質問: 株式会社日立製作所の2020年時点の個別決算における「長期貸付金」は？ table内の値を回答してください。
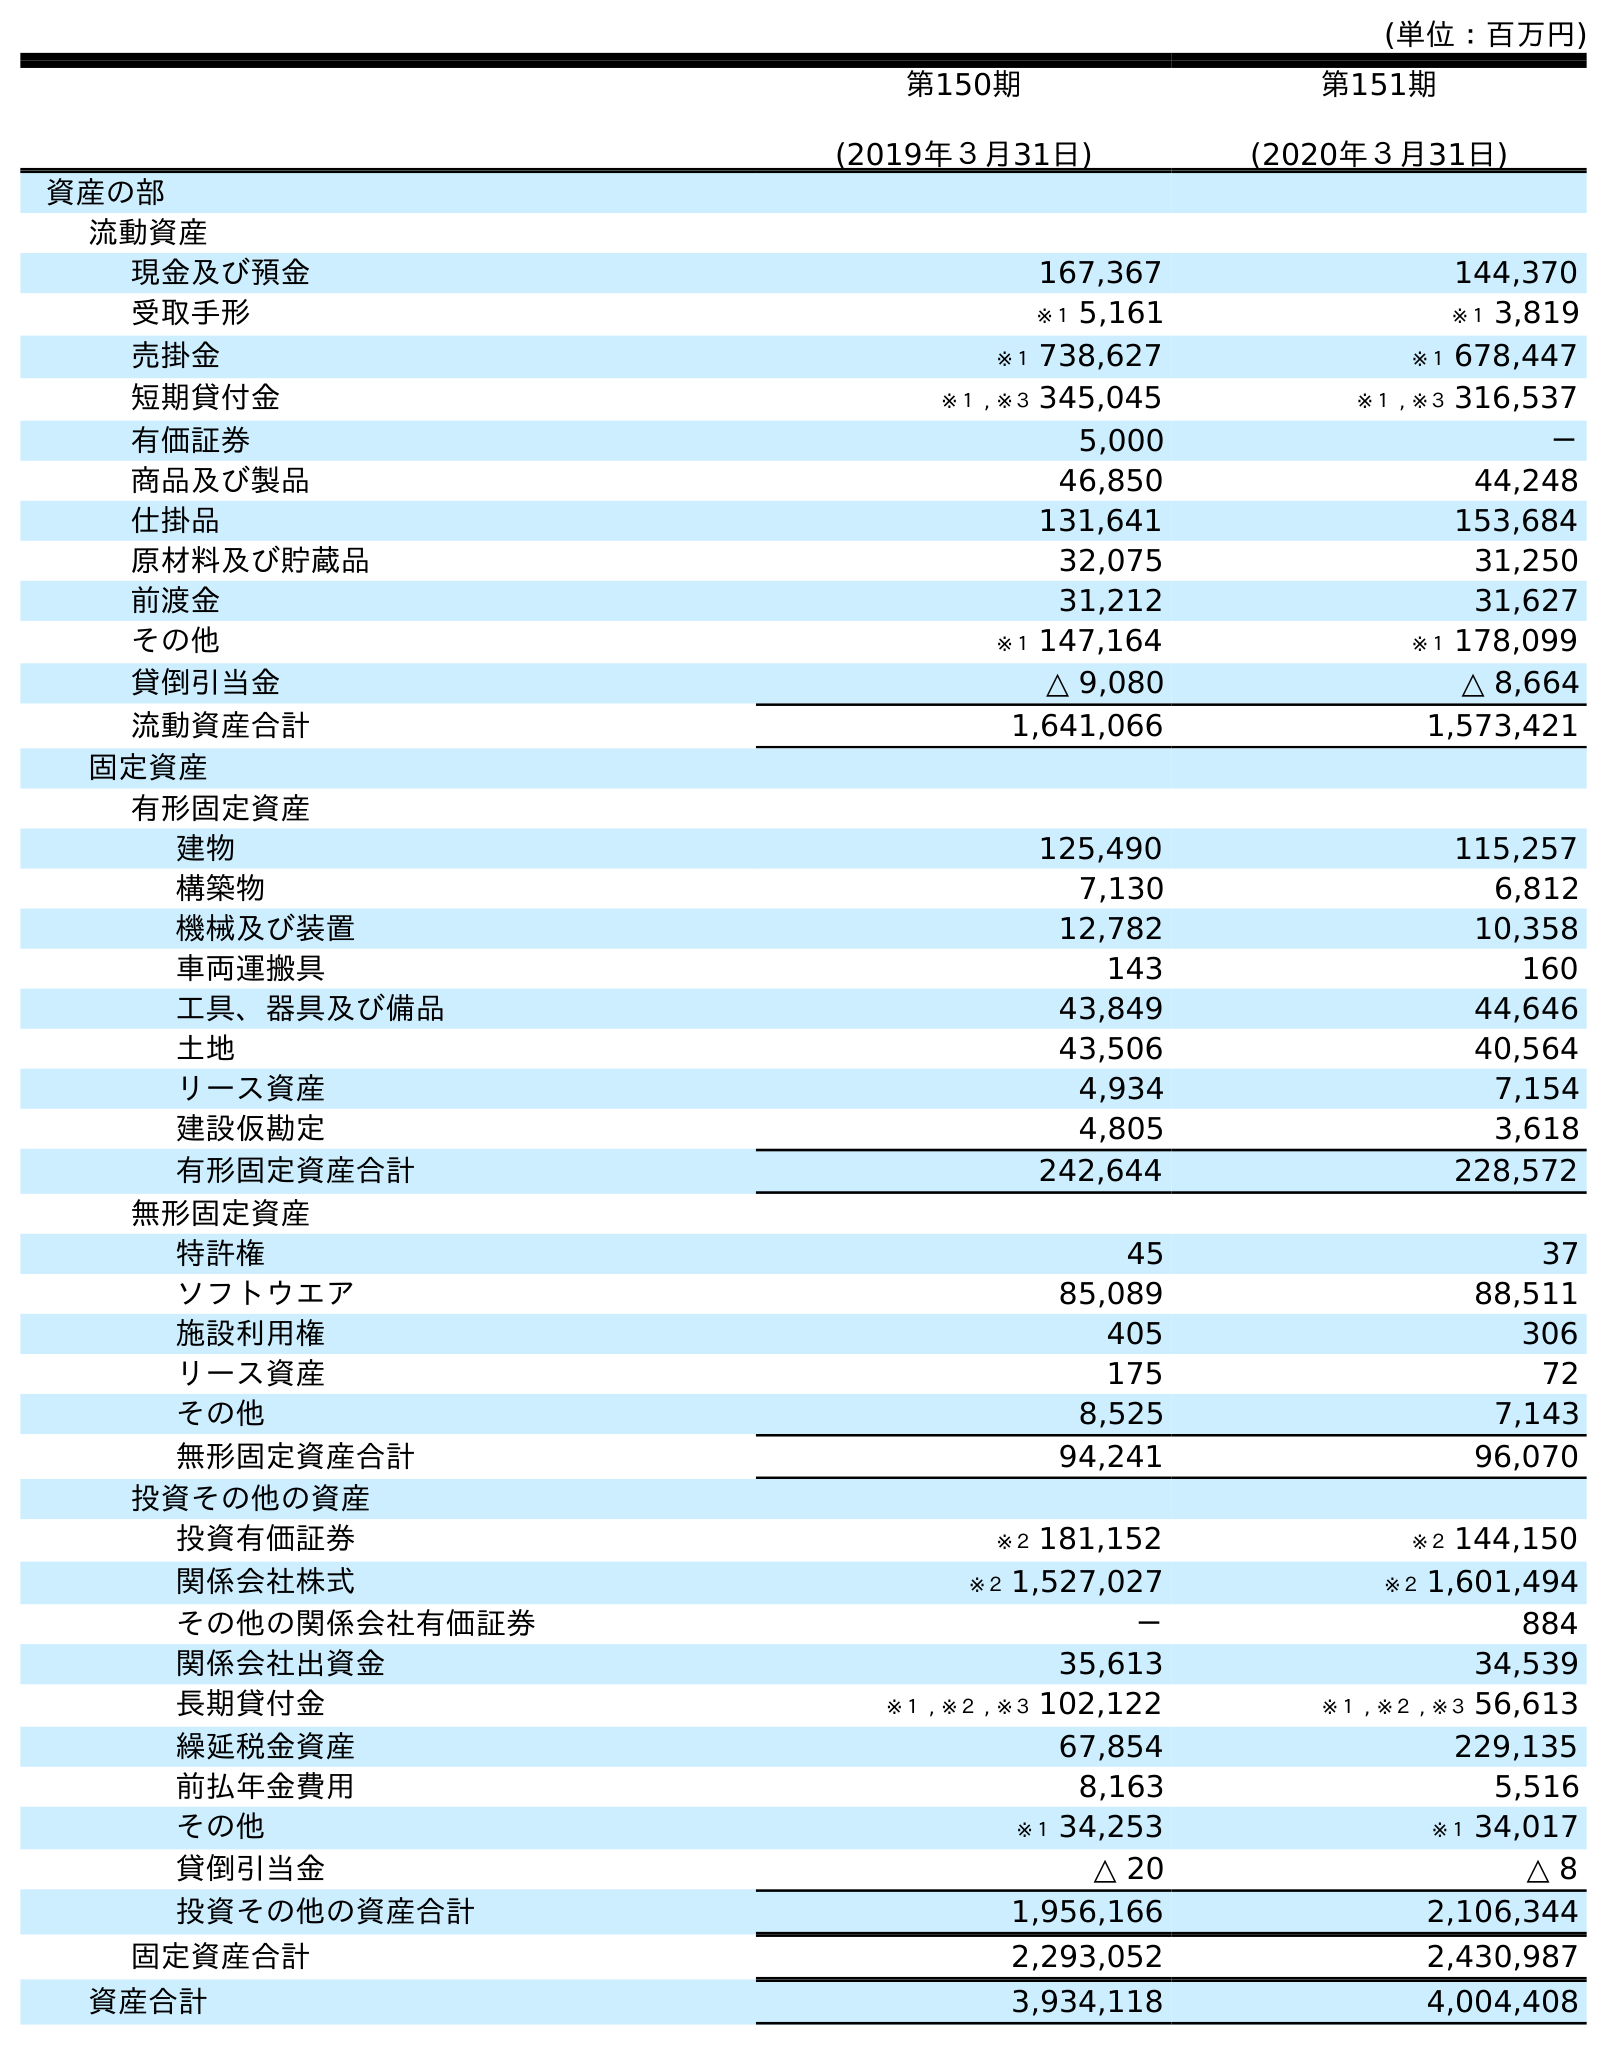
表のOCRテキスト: (単位：百万円) 第150期 (2019年３月31日) 第151期 (2020年３月31日) 資産の部 流動資産 現金及び預金 167,367 144,370 受取手形 ※１ 5,161 ※１ 3,819 売掛金 ※１ 738,627 ※１ 678,447 短期貸付金 ※１ , ※３ 345,045 ※１ , ※３ 316,537 有価証券 5,000 － 商品及び製品 46,850 44,248 仕掛品 131,641 153,684 原材料及び貯蔵品 32,075 31,250 前渡金 31,212 31,627 その他 ※１ 147,164 ※１ 178,099 貸倒引当金 △ 9,080 △ 8,664 流動資産合計 1,641,066 1,573,421 固定資産 有形固定資産 建物 125,490 115,257 構築物 7,130 6,812 機械及び装置 12,782 10,358 車両運搬具 143 160 工具、器具及び備品 43,849 44,646 土地 43,506 40,564 リース資産 4,934 7,154 建設仮勘定 4,805 3,618 有形固定資産合計 242,644 228,572 無形固定資産 特許権 45 37 ソフトウエア 85,089 88,511 施設利用権 405 306 リース資産 175 72 その他 8,525 7,143 無形固定資産合計 94,241 96,070 投資その他の資産 投資有価証券 ※２ 181,152 ※２ 144,150 関係会社株式 ※２ 1,527,027 ※２ 1,601,494 その他の関係会社有価証券 － 884 関係会社出資金 35,613 34,539 長期貸付金 ※１ , ※２ , ※３ 102,122 ※１ , ※２ , ※３ 56,613 繰延税金資産 67,854 229,135 前払年金費用 8,163 5,516 その他 ※１ 34,253 ※１ 34,017 貸倒引当金 △ 20 △ 8 投資その他の資産合計 1,956,166 2,106,344 固定資産合計 2,293,052 2,430,987 資産合計 3,934,118 4,004,408
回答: ※１,※２,※３56,613